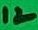
Text: 12